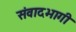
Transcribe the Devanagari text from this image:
संवादभागी